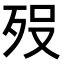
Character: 𭮈